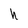
Character: h